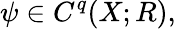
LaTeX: \psi\in C^{q}(X;R),